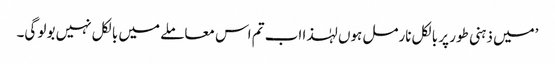
’میں ذہنی طور پر بالکل نارمل ہوں لہٰذا اب تم اس معاملے میں بالکل نہیں بولو گی۔